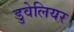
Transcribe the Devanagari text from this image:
डुवेलियर